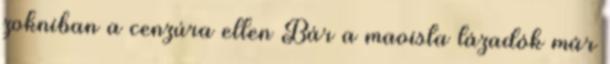
zokniban a cenzúra ellen Bár a maoista lázadók már